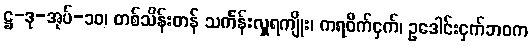
ဋ္ဌ-ဒု-အုပ်-၁၀၊ တစ်သိန်းတန် သင်္ကန်းလှူရကျိုး၊ ကရဝိက်ငှက်၊ ဥဒေါင်းငှက်ဘဝက